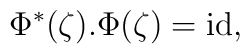
\Phi^*(\zeta).\Phi(\zeta) = \mbox{id},